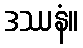
ဒဿနံ။